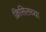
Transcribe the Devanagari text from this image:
क्रिसिलच्या